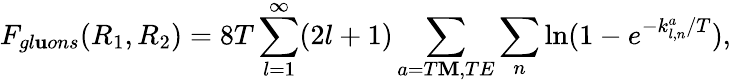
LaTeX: F_{gl\mathbf{u}ons}(R_{1},R_{2})=8T\sum_{l=1}^{\infty}(2l+1)\sum_{a=T\mathbf{M},TE}\sum_{n}\ln(1-e^{-k_{l,n}^{a}/T}),